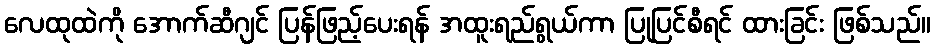
လေထုထဲကို အောက်ဆီဂျင် ပြန်ဖြည့်ပေးရန် အထူးရည်ရွယ်ကာ ပြုပြင်စီရင် ထားခြင်း ဖြစ်သည်။